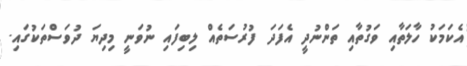
އެކަމަކު ހާލަތާއި ވަގުތާއި ތަންނުދީ އެފަދަ ފުރުސަތެއް ލިބިފައި ނުވަނީ މިދިޔަ ދުވަސްތަކުގައި.